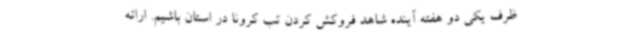
ظرف یکی دو هفته آینده شاهد فروکش کردن تب کرونا در استان باشیم. ارائه